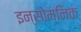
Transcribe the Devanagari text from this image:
इन्सोम्निक